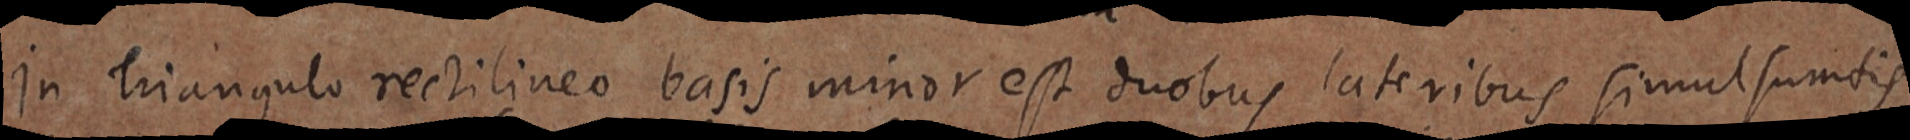
in Triangulo rectilineo basis minor est duobus lateribus simul sumtis